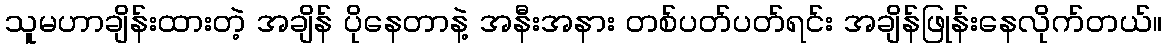
သူမဟာချိန်းထားတဲ့ အချိန် ပိုနေတာနဲ့ အနီးအနား တစ်ပတ်ပတ်ရင်း အချိန်ဖြုန်းနေလိုက်တယ်။